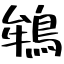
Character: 鴾